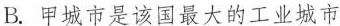
B.甲城市是该国最大的工业城市